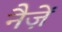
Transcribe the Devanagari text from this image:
नैज़ें